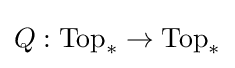
Q:{\text{Top}}_{*}\to {\text{Top}}_{*}